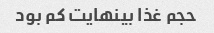
حجم غذا بینهایت کم بود